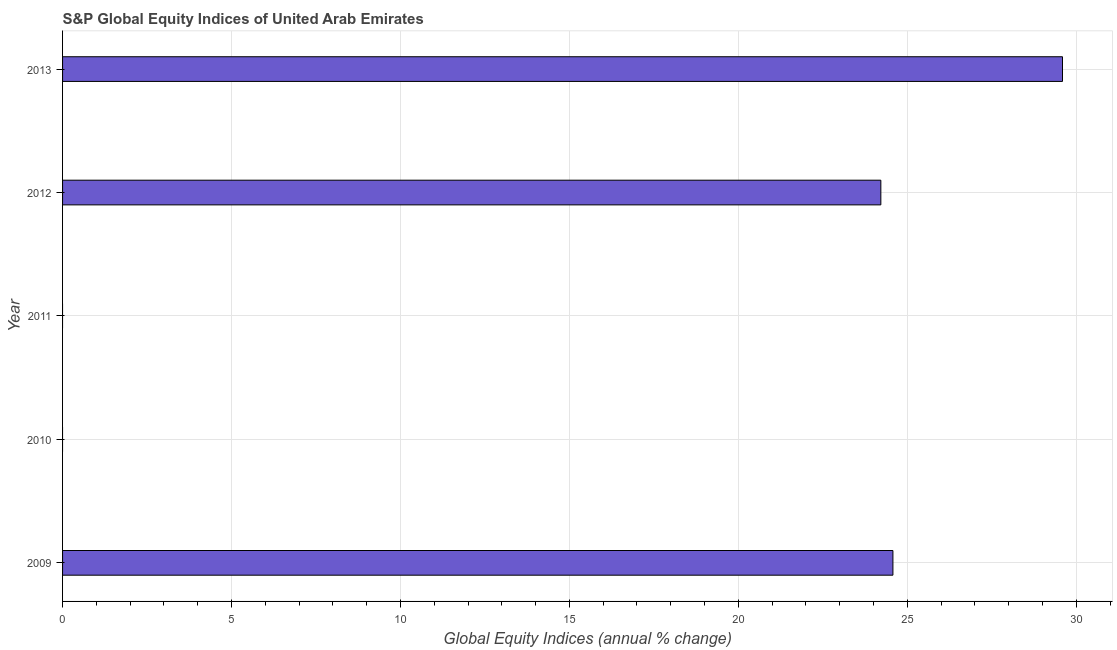
| Year | S&P Global Equity Indices |
 | --- | --- |
 | 2009 | 24.6 |
 | 2010 | -6.79 |
 | 2011 | -16.5 |
 | 2012 | 24.2 |
 | 2013 | 29.6 |